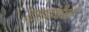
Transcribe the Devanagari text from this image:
यज्ञोपैथी